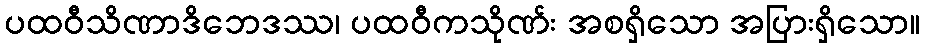
ပထဝီသိဏာဒိဘေဒဿ၊ ပထဝီကသိုဏ်း အစရှိသော အပြားရှိသော။